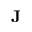
\textbf { J }